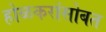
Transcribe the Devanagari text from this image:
होळकरांसोबत